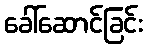
ခေါ်ဆောင်ခြင်း